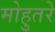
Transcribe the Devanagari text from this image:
मोहुतरे